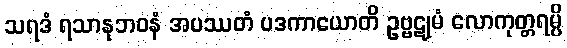
သရဒံ ရသာနုဘဝနံ အပဿတံ ပဒကာယောတိ ဥဗ္ဗဋုမံ လောကုတ္တရမ္ပိ